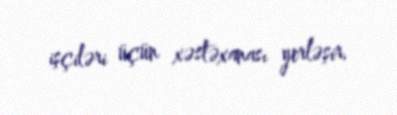
işçiləri üçün xəstəxanası yerləşir.